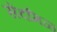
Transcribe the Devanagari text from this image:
सेंदमिळ